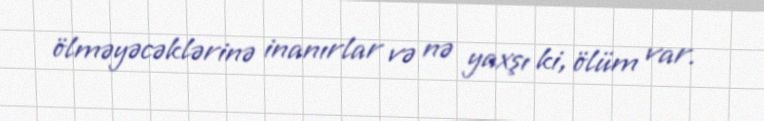
ölməyəcəklərinə inanırlar və nə yaxşı ki, ölüm var.